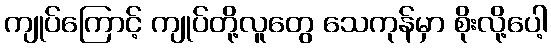
ကျုပ်ကြောင့် ကျုပ်တို့လူတွေ သေကုန်မှာ စိုးလို့ပေါ့